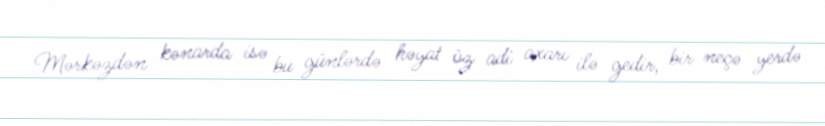
Mərkəzdən kənarda isə bu günlərdə həyat öz adi axarı ilə gedir, bir neçə yerdə